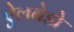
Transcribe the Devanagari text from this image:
ऐलबेडो